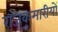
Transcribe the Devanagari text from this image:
राजकुमारीयों